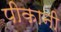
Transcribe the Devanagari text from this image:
पीकानी